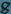
Text: 8